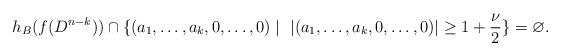
LaTeX: \begin{align*}h_B(f(D^{n-k})) \cap \{ (a_1,\dots, a_k, 0, \dots, 0)\mid \ |(a_1,\dots, a_k, 0, \dots, 0)|\geq 1+\frac{\nu}{2} \}=\varnothing.\end{align*}